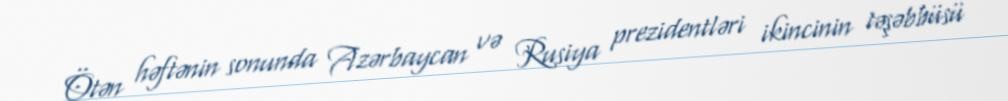
Ötən həftənin sonunda Azərbaycan və Rusiya prezidentləri ikincinin təşəbbüsü